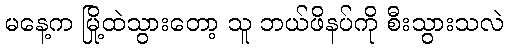
မနေ့က မြို့ထဲသွားတော့ သူ ဘယ်ဖိနပ်ကို စီးသွားသလဲ